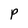
Character: P